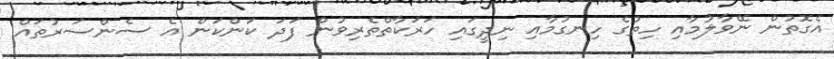
އެގޮތުން ނޭވާލުމާއި ހިތުގެ ހިނގުމާއި ނިދީގައި ހަރަކާތްތެރިވުން ފަދަ ކަންކަން އެ ސެންސަރުތައް